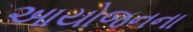
આયોજનના